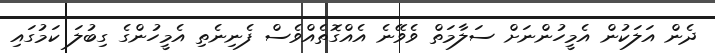
ދެން އަލަކުން އެމީހުންނަށް ސަލާމަތް ވެވޭނެ އެއްގޮތެއްވެސް ފެނިނެތި އެމީހުންގެ ގިބުލަ ކަމުގައި